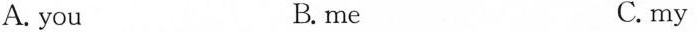
A. you B.me C. my